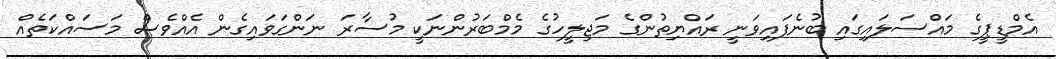
އެމްޑީޕީގެ މައްސަލައިގައި ބުނެފައިވަނީ ރައްޔިތުންގެ މަޖިލީހުގެ މެމްބަރުންނަކީ މުސާރަ ނަންގަވައިގެން އެއްވެސް މަސައްކަތެއް